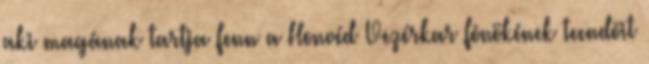
aki magának tartja fenn a Honvéd Vezérkar fõnökének teendõit